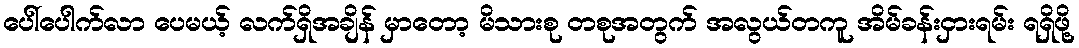
ပေါ်ပေါက်လာ ပေမယ့် လက်ရှိအချိန် မှာတော့ မိသားစု တစုအတွက် အလွယ်တကူ အိမ်ခန်းငှားရမ်း ရရှိဖို့